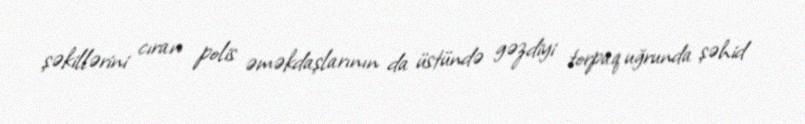
şəkillərini cıran polis əməkdaşlarının da üstündə gəzdiyi torpaq uğrunda şəhid